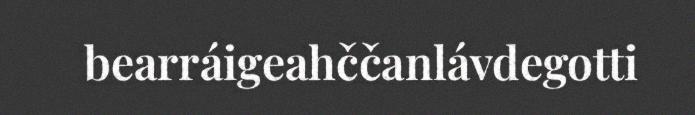
bearráigeahččanlávdegotti